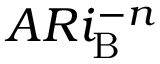
A R i _ { \mathrm { B } } ^ { - n }